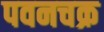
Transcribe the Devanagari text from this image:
पवनचक्र